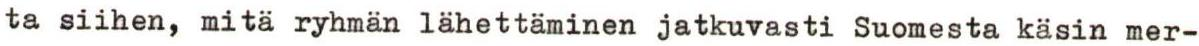
ta siihen, mitä ryhmän lähettäminen jatkuvasti Suomesta käsin mer-